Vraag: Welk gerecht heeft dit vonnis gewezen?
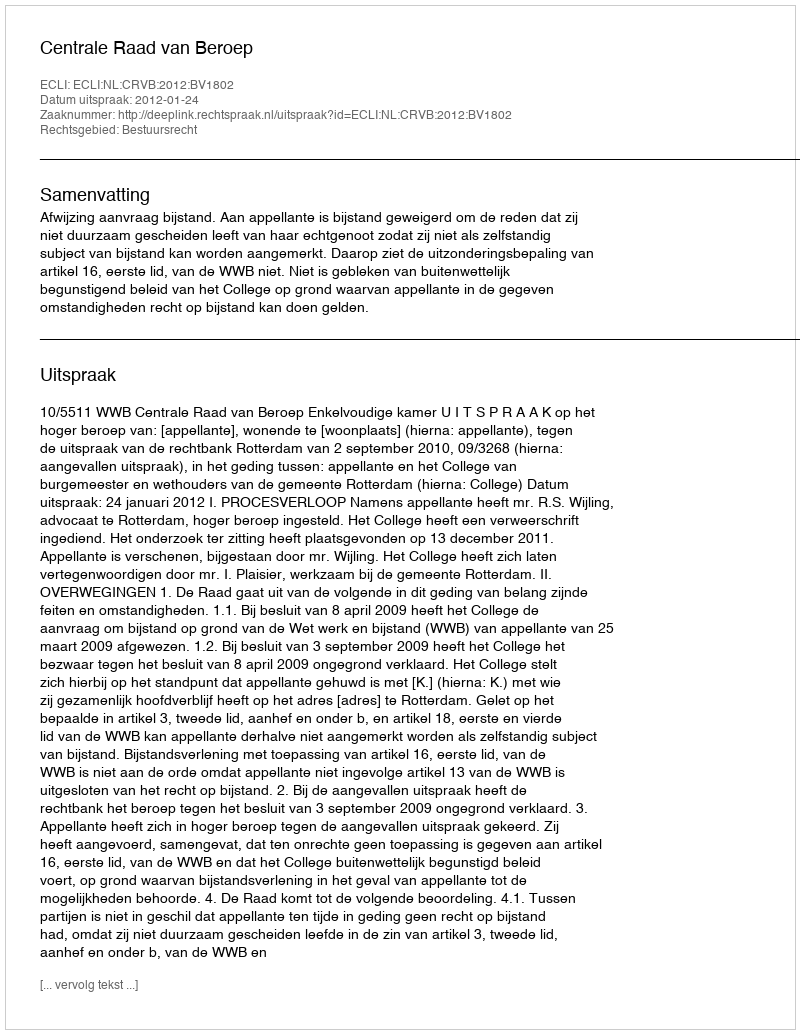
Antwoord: Centrale Raad van Beroep